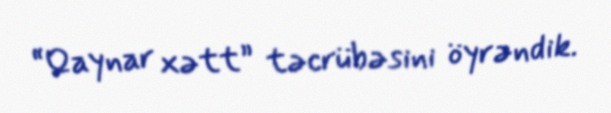
“Qaynar xətt” təcrübəsini öyrəndik.